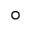
\circ